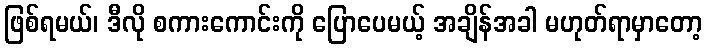
ဖြစ်ရမယ်၊ ဒီလို စကားကောင်းကို ပြောပေမယ့် အချိန်အခါ မဟုတ်ရာမှာတော့